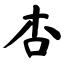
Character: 杏